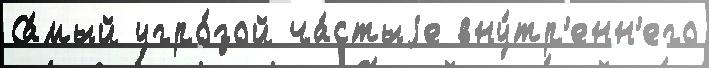
Са́мый угро́зой ча́стыjе вну́тр'енн'его